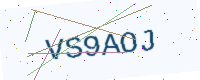
Text: VS9AOJ